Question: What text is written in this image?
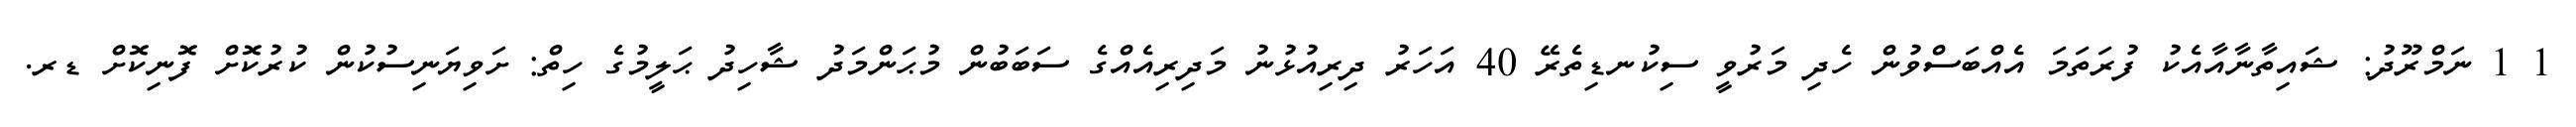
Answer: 1 1 ނަމްރޫދު: ޝައިތާނާއާއެކު ފުރަތަމަ އެއްބަސްވުން ހެދި މަރުވީ ސިކުނޑިތެރޭ 40 އަހަރު ދިރިއުޅުނު މަދިރިއެއްގެ ސަބަބުން މުޙަންމަދު ޝާހިދު ޙަލީމުގެ ހިތް: ށަވިޔަނިސުކުން ކުރުކޮށް ފޮނިކޮށް ޑރ.